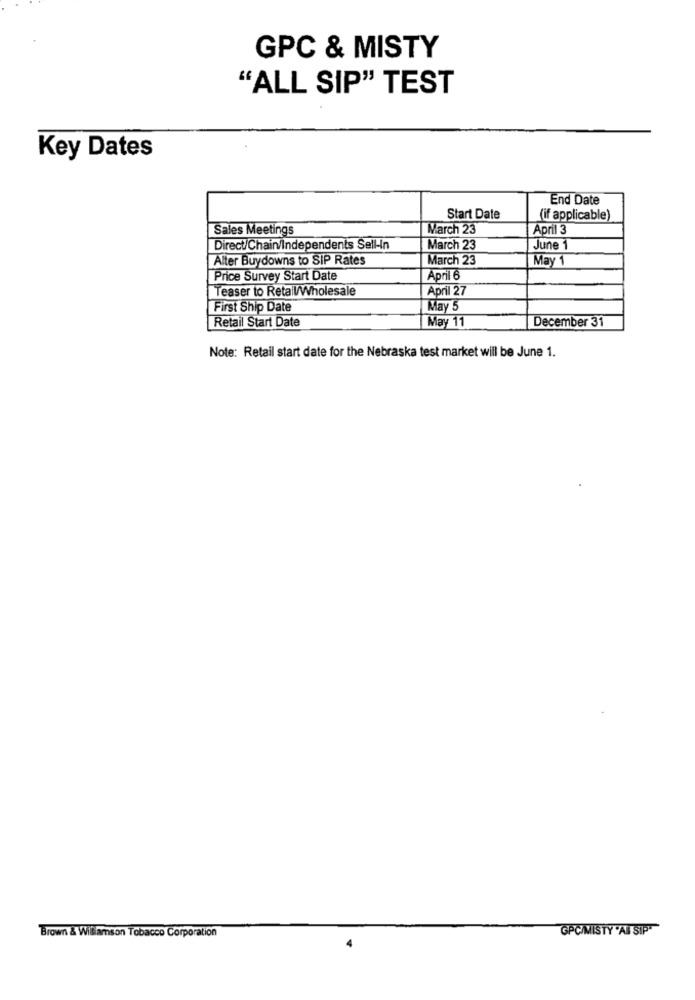
GPC & MISTY
"ALL SIP" TEST
Key Dates
End Date
Start Date
(if applicable)
Sales Meetings
March 23
April 3
Direct/Chain/Independents Sell-in
March 23
June 1
Alter Buydowns to SIP Rates
March 23
May 1
Price Survey Start Date
April 6
Teaser to Retail/Wholesale
April 27
First Ship Date
May 5
Retail Start Date
May 11
December 31
Note: Retail start date for the Nebraska test market will be June 1.
GPC/MISTY 'AB SIP"
Brown & Williamson Tobacco Corporation